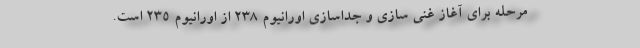
مرحله برای آغاز غنی سازی و جداسازی اورانیوم ۲۳۸ از اورانیوم ۲۳۵ است.